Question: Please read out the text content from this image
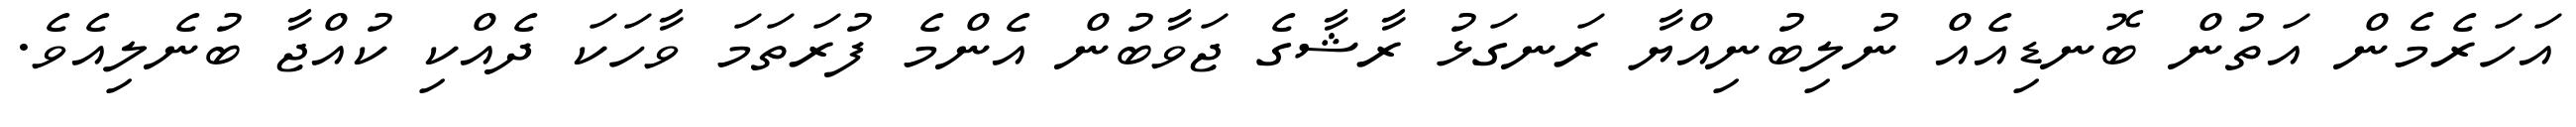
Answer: އަހަރެމެން އަތުން ބޮނޑިއެއް ނުލިބުނިއްޔާ ރަނގަޅު ރާޝާގެ ޖަވާބުން އެންމެ ފުރަތަމަ ވާހަކަ ދެއްކި ކުއްޖާ ބުނެލިއެވެ.